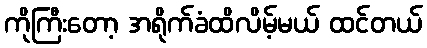
ကိုကြီးတော့ အရိုက်ခံထိလိမ့်မယ် ထင်တယ်